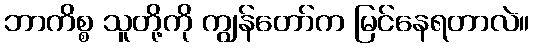
ဘာကိစ္စ သူတို့ကို ကျွန်တော်က မြင်နေရတာလဲ။